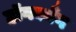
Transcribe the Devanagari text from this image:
हॉगकाँग